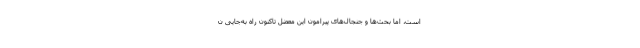
است، اما بحث‌ها و جنجال‌های پیرامون این معضل تاکنون راه به‌جایی ن